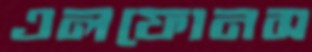
এলফোনস